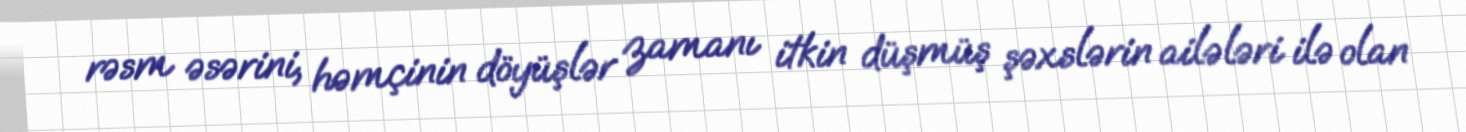
rəsm əsərini, həmçinin döyüşlər zamanı itkin düşmüş şəxslərin ailələri ilə olan